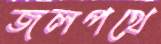
জলপথে